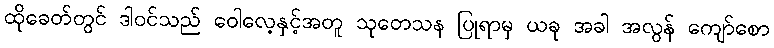
ထိုခေတ်တွင် ဒါဝင်သည် ဝေါလေ့နှင့်အတူ သုတေသန ပြုရာမှ ယခု အခါ အလွန် ကျော်စော